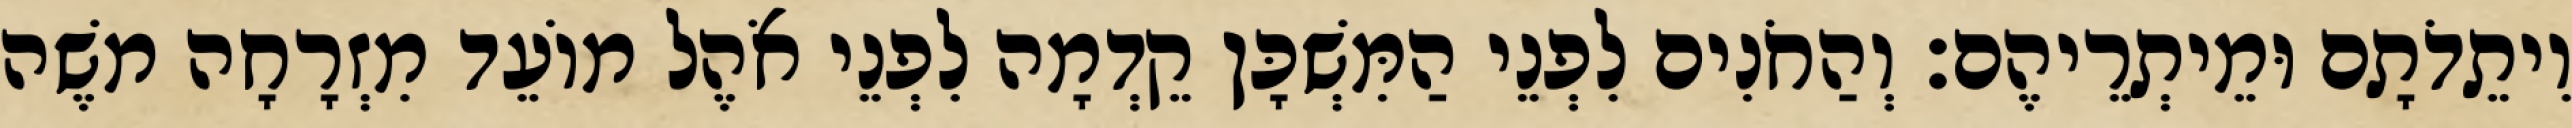
וִיתֵדֹתָם וּמֵיתְרֵיהֶם׃ וְהַחֹנִים לִפְנֵי הַמִּשְׁכָּן קֵדְמָה לִפְנֵי אֹהֶל מוֹעֵד מִזְרָחָה משֶׁה